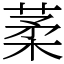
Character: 葇